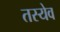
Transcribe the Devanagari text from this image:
तस्येव